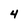
Character: 4